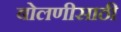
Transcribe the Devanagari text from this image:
बोलणीसाठी